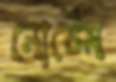
নোটেম